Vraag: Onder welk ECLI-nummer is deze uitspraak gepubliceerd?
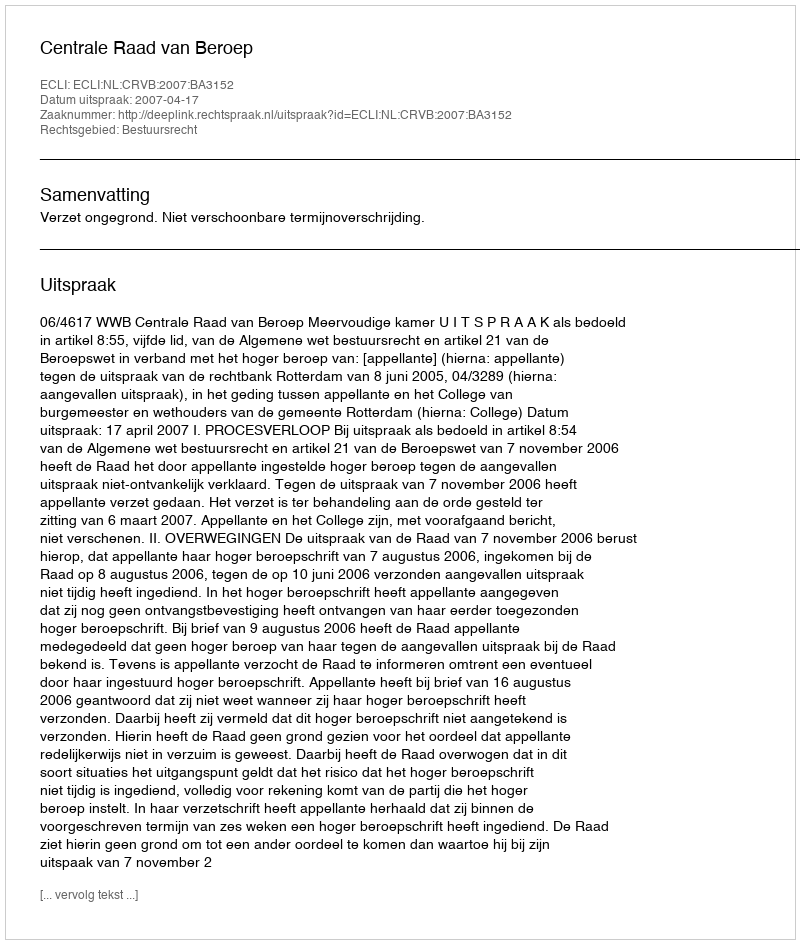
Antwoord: ECLI:NL:CRVB:2007:BA3152